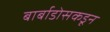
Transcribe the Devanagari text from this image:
बार्बाडोसकडून